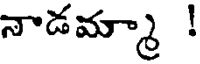
నాడమ్మా !